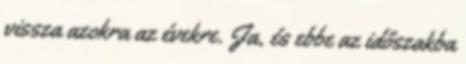
vissza azokra az évekre. Ja, és ebbe az időszakba